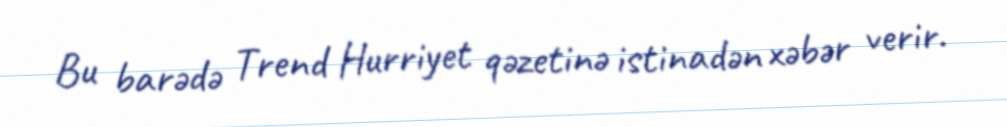
Bu barədə Trend Hurriyet qəzetinə istinadən xəbər verir.